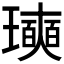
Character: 𪼩